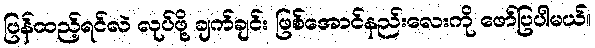
ပြန်ထည့်ရင်လဲ လုပ်ဖို့ ချက်ချင်း ဖြစ်အောင်နည်းလေးကို ဖော်ပြပါမယ်။